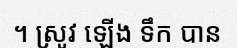
។ ស្រូវ ឡើង ទឹក បាន